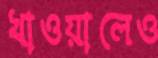
খাওয়ালেও